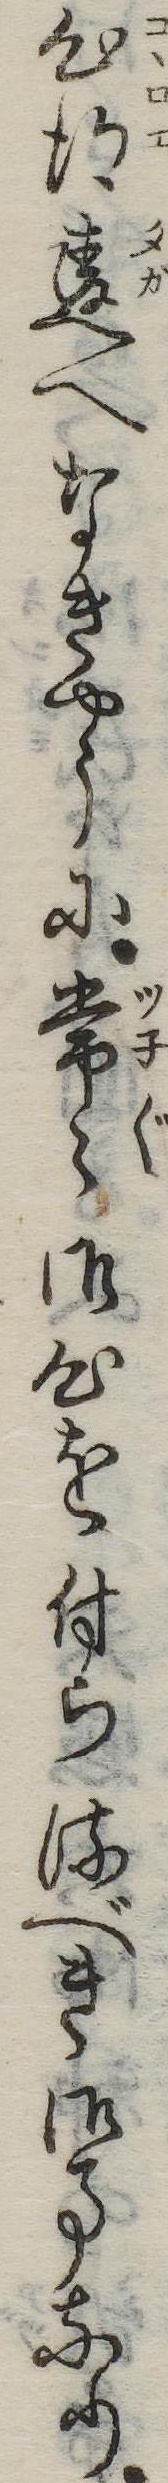
心得違へなきやうに常御心を付らるべき御事なり